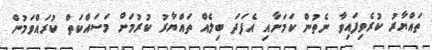
ތައްޔާރު ކުރެވިފައިވާ ނެތުން ކަމަށާއި އެފަދަ ބިލެއް ތައްޔާރު ކުރުމަށް މަސައްކަތް ކުރައްވަމުން